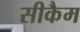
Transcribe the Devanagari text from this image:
सीकैम